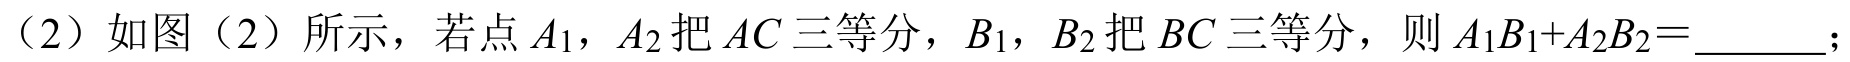
（2）如图（2）所示，若点 \(A_{1}\)，\(A_{2}\) 把 \(AC\) 三等分，\(B_{1}\)，\(B_{2}\) 把 \(BC\) 三等分，则 \(A_{1}B_{1}+A_{2}B_{2}=\underline{\quad\quad}\)；